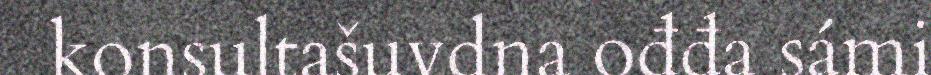
konsultašuvdna ođđa sámi